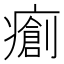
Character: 𤺨